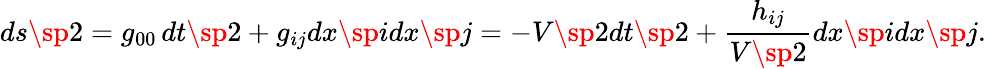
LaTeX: ds\sp 2=g_{00}\, dt\sp 2+g_{ij}dx\sp{i}dx\sp{j}=-V\sp 2dt\sp 2+\frac{h_{ij}}{V\sp 2}dx\sp{i}dx\sp{j}.